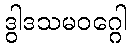
ဒွါဒသမဝဂ္ဂေါ